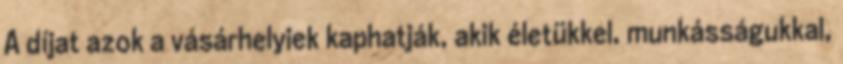
A díjat azok a vásárhelyiek kaphatják, akik életükkel, munkásságukkal,